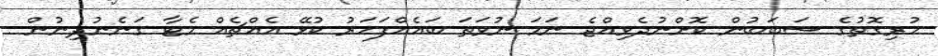
ހުރިގޮތުގެ ސަބަބުން ކޮށްނުދެވިއްޖެ ނަމަ ނުވަތަ ބައެއްފަހަރު ކުޅޭ އެއްޗެއް މެޓާ ގަނެނުދިނުން